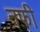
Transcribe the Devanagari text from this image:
नफी